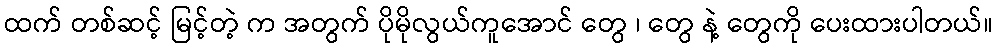
ထက် တစ်ဆင့် မြင့်တဲ့ က အတွက် ပိုမိုလွယ်ကူအောင် တွေ ၊ တွေ နဲ့ တွေကို ပေးထားပါတယ်။